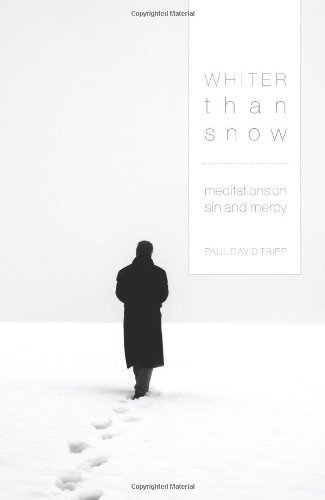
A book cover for Whiter Than Snow: Meditations on Sin and Mercy; Paul David Tripp; Christian Books & Bibles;